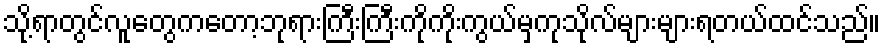
သို့ရာတွင်လူတွေကတော့ဘုရားကြီးကြီးကိုကိုးကွယ်မှကုသိုလ်များများရတယ်ထင်သည်။